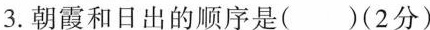
3.朝霞和日出的顺序是()(2分)